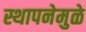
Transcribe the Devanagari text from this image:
स्थापनेमुळे